Civil Veterinary Dept. Bombay admin report 1893-99 - 1893-1899
Year: 1893
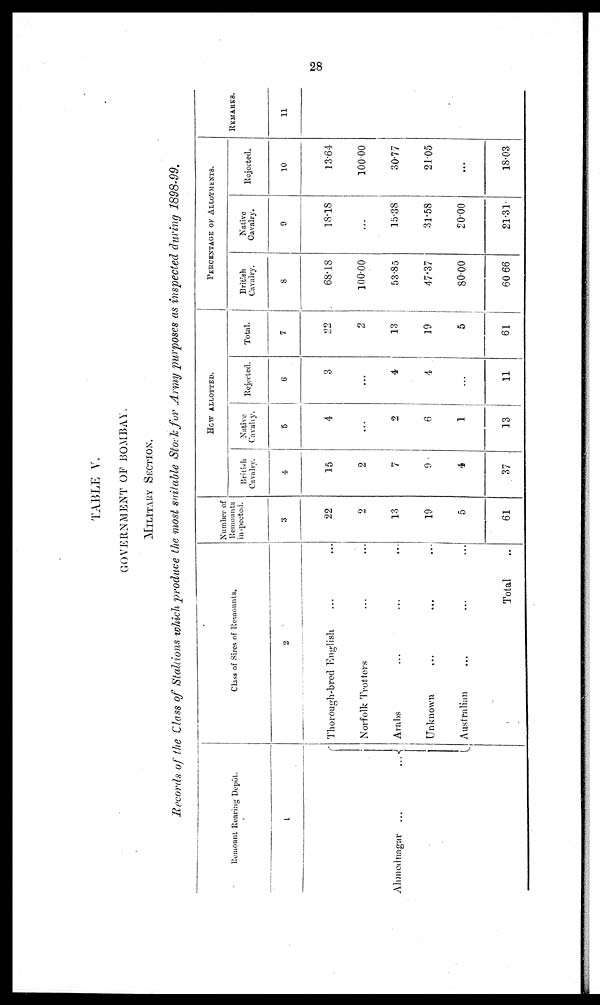
28
TABLE V.
GOVERNMENT OP BOMBAY.
MILITARY SECTION.
Records of the Class of Stallions which produce the most suitable Stock for Army purposes as inspected during 1898-99.
Remount Rearing Depôt.
1
Ahmednagar ...
...
Class of Sires of Remounts.
2
Thorough-bred English ... ...
Norfolk Trotters ... ...
Arabs ... ... ...
Unknown ... ... ...
Australian
...
...
...
Total ..
Number of
Remounts
inspected.
3
22
2
13
19
5
61
HOW ALLOTTED.
British
Cavalry.
4
15
2
7
9
4
37
Native
Cavalry.
5
4
...
2
6
1
13
Rejected.
6
3
...
4
4
...
11
Total.
7
22
2
13
19
5
61
PERCENTAGE OF ALLOTMENTS.
British
Cavalry.
8
68.18
100.00
53.85
47.37
80.00
60 66
Native
Cavalry.
9
18.18
...
15.38
31.58
20.00
21.31
Rejected.
10
13.64
100.00
30.77
21.05
...
18.03
REMARKS.
11